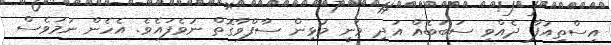
އިސްތިއުފާ ދެއްވި ސަބަބެއް އަދި ވަނީ މުޅިން ސާފްވާގޮތް ނުވެފައެވެ. އެހެން ނަމަވެސް